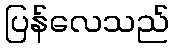
ပြန်လေသည်